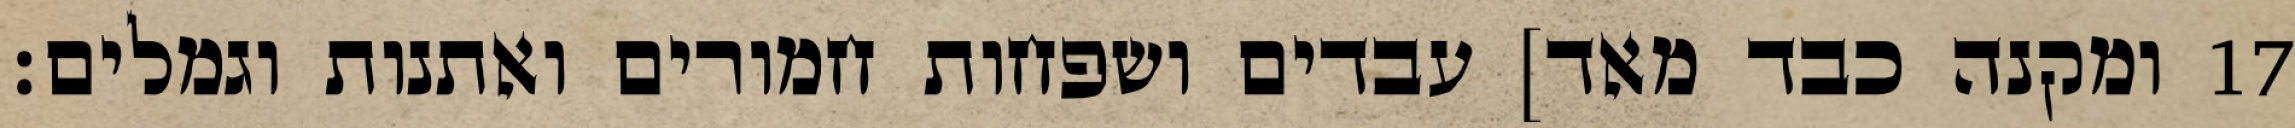
ומקנה כבד מאד] עבדים ושפחות חמורים ואתנות וגמלים׃ ‎17‏